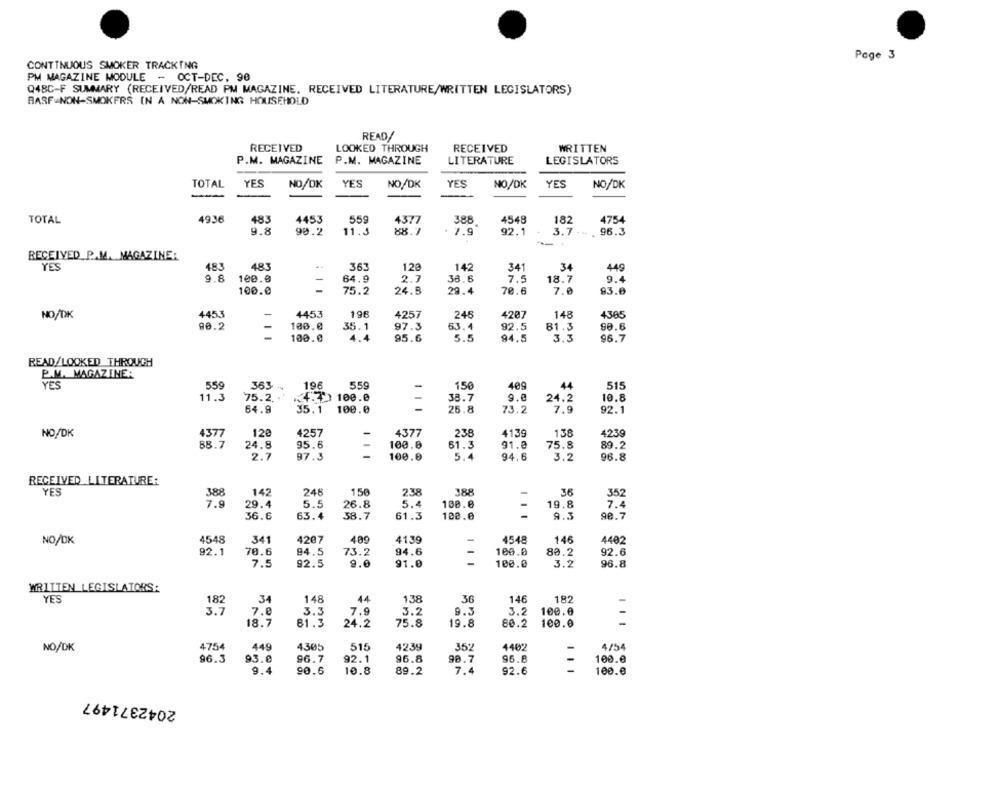
Page 3
CONTINUOUS SMOKER TRACKING
PM MAGAZINE MODULE - OCT-DEC. 90
Q48C-F SUMMARY (RECEIVED/READ PM MAGAZINE, RECEIVED LITERATURE/WRITTEN LEGISLATORS)
BASF NON-SMOKERS IN A NON-SMOKING HOUSEHOLD
READ/
RECEIVED
LOOKED THROUGH
RECEIVED
WRITTEN
P.M. MAGAZINE
P.M. MAGAZINE
LITERATURE
LEGISLATORS
TOTAL
YES
NO/OK
YES
NO,/DK
YES
NO/DK
YES
NO/DK
TOTAL
49.36
483
4453
559
4377
388
4548
4754
182
9.8
90.2
11.5
88.7
7.9
92.1
3.7
96.3
RECEIVED P.M. MAGAZINE:
YES
483
483
363
120
142
341
34
449
9.8
100.0
38.6
18.7
64.9
2.7
7.5
9.4
100.0
75.2
24.5
29.4
70.6
7.0
93.6
NO/DK
445.3
4453
196
4257
245
4207
148
4385
90.2
100.0
35.1
97.3
63.4
92.5
81.3
90.6
100.0
95.6
5.5
94.5
3,3
96.7
READ/LOOKED THROUGH
P.M. MAGAZINE:
YES
559
363
196
559
1.50
409
44
515
11.3
75.2
100.0
38.7
9.0
24.2
10.8
64.9
35.1
100.0
25.8
73.2
7.9
92.1
NO/DK
4377
120
4257
4377
238
4139
138
4239
24.8
95.8
61.3
88.7
100.0
91.0
75.8
89.2
2.7
97.3
100.0
5.4
94.6
3.2
96.8
RECEIVED LITERATURE:
142
246
1.50
388
YES
388
238
352
7.9
29.4
5.5
26.8
5.4
108.0
19.8
7.4
90.7
36.6
63.4
38.7
61.3
100.0
9.3
4548
4207
4139
4548
NO/OK
341
409
146
4402
92.1
70.6
94.5
73.2
94.6
100.0
80.2
92.6
96.8
7.5
92.5
9.0
91.0
100.0
3.2
WRITTEN LEGISLATORS:
YES
182
34
148
44
138
36
146
182
3.7
7.e
3.3
7.9
3.2
9.3
3.2
100.0
18.7
81.3
24.2
75.8
19.8
80.2
100.0
NO/DK
4754
449
4305
515
4239
352
4402
4/54
93.6
95.8
100.0
96.3
96.7
92.1
96.8
90.7
9.4
90.6
10.8
89.2
7.4
92.6
100.0
2042371497